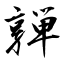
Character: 亸